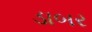
ડાબર